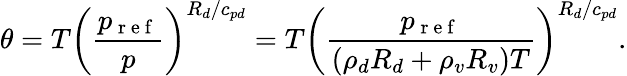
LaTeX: \theta=T\left(\frac{p_{\mathrm{~r~e~f~}}}{p}\right)^{R_{d}/c_{pd}}=T\left(\frac{p_{\mathrm{~r~e~f~}}}{(\rho_{d}R_{d}+\rho_{v}R_{v})T}\right)^{R_{d}/c_{pd}}.